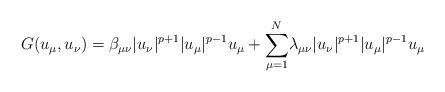
LaTeX: \begin{align*}G(u_\mu, u_\nu)=\beta_{\mu\nu}|u_\nu|^{p+1}|u_\mu|^{p-1}u_\mu+\displaystyle{\sum_{\substack{\mu=1 }}^N}\lambda_{\mu\nu}|u_\nu|^{p+1}|u_\mu|^{p-1}u_\mu\end{align*}